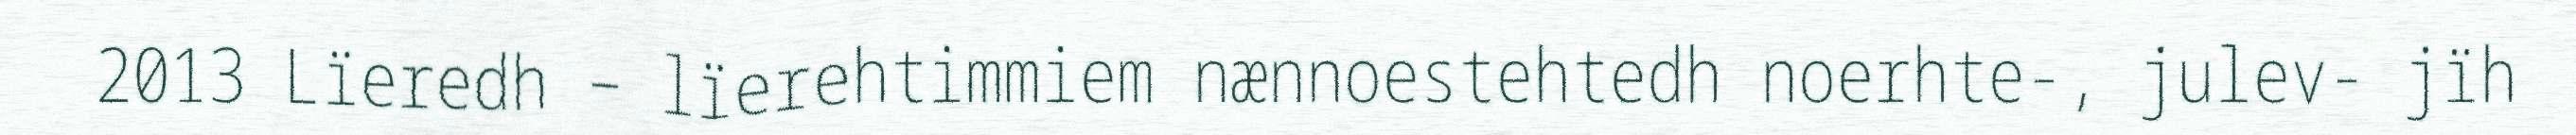
2013 Lïeredh – lïerehtimmiem nænnoestehtedh noerhte-, julev- jïh